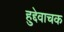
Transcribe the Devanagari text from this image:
हुद्देवाचक